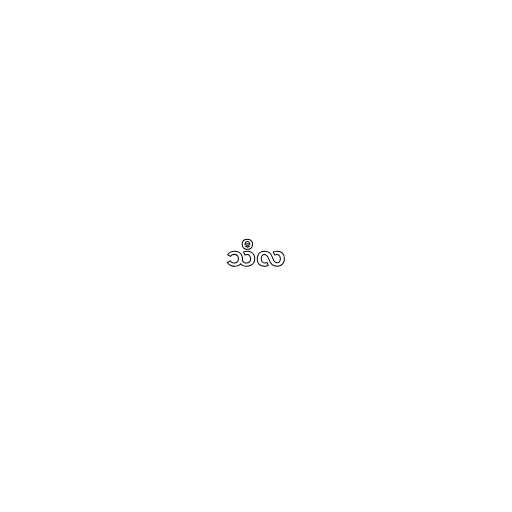
သီလ